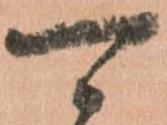
可